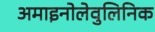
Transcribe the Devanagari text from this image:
अमाइनोलेवुलिनिक